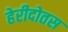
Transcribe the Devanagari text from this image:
हेरीदोतस